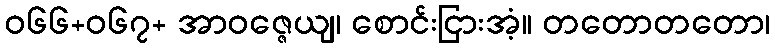
ဝ၆၆+၀၆၇+ အာဝဇ္ဇေယျ၊ စောင်းငြားအံ့။ တတောတတော၊